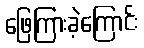
ဖြေကြားခဲ့ကြောင်း